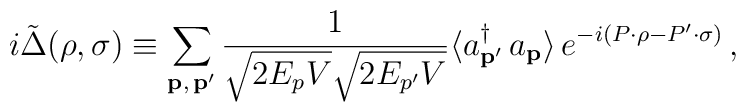
i \tilde{\Delta} (\rho, \sigma) \equiv \sum_{{\bf p}, \, {\bf p}'} \frac{1}{\sqrt{2 E_p V} \sqrt{2 E_{p'} V}} \langle a^\dagger_{{\bf p}'} \, a_{\bf p} \rangle \, e^{- i (P \cdot \rho - P' \cdot \sigma)} \, ,